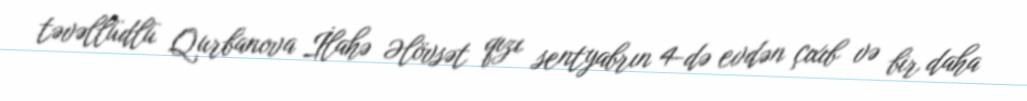
təvəllüdlü Qurbanova İlahə Əlövsət qızı sentyabrın 4-də evdən çıxıb və bir daha